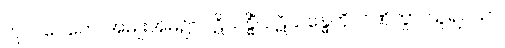
ကုလဂေဟေ၊ အမျိုးအိမ်၌။ ပဋိသန္ဓိံ၊ ပဋိသန္ဓေကို။ ဂဏှိတွာ၊ ယူ၍။ သာ၊